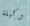
وكيلة